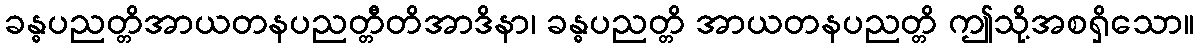
ခန္ဓပညတ္တိအာယတနပညတ္တီတိအာဒိနာ၊ ခန္ဓပညတ္တိ အာယတနပညတ္တိ ဤသို့အစရှိသော။